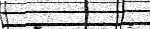
-       :